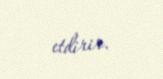
etdirir.